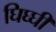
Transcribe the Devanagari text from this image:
घिघ्घी